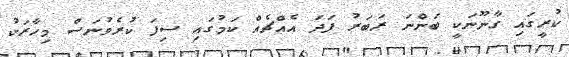
ކުރީގައި ގާނޫނަކީ ބަންނަ ރަބަރު ފަދަ އެއްޗެއް ކަމުގައި ސިފަ ކުރެވުނަސް މިހާރަކު